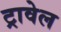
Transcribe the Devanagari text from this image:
ट्रावेल